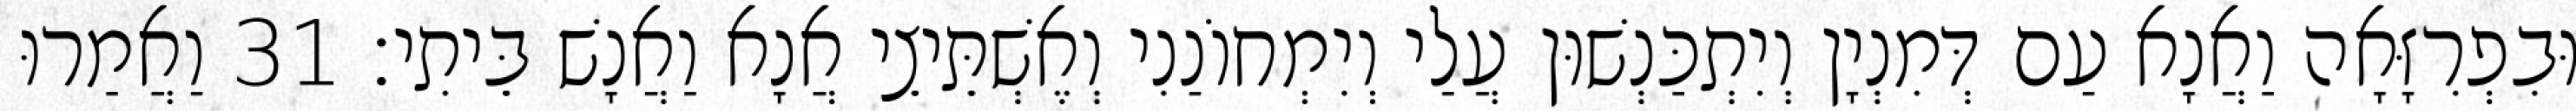
וּבִפְרִזָּאָה וַאֲנָא עַם דְּמִנְיָן וְיִתְכַּנְשׁוּן עֲלַי וְיִמְחוֹנַנִי וְאֶשְׁתֵּיצֵי אֲנָא וַאֲנָשׁ בֵּיתִי׃ 31 וַאֲמַרוּ